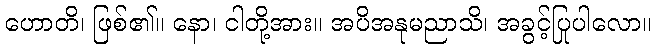
ဟောတိ၊ ဖြစ်၏။ နော၊ ငါတို့အား။ အပိအနုမညာသိ၊ အခွင့်ပြုပါလော။